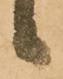
り